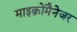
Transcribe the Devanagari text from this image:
माइक्रोमैनेजर